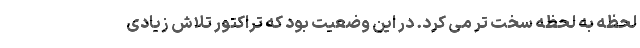
لحظه به لحظه سخت تر می کرد. در این وضعیت بود که تراکتور تلاش زیادی